Vaccination in Burma 1920-1933 - 1920-1933
Year: 1920
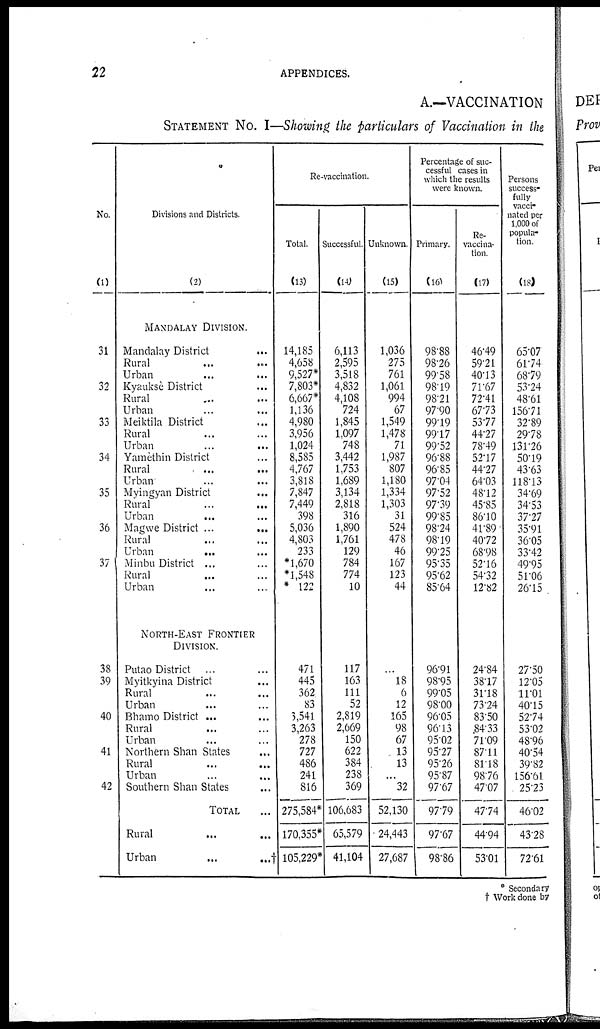
22
APPENDICES.
A.—VACCINATION
STATEMENT No. I—Showing the particulars of Vaccination in the
No.
(1)
31
32
33
34
35
36
37
38
39
40
41
42
Divisions and Districts.
(2)
MANDALAY DIVISION.
Mandalay District
...
Rural ... ...
Urban ... ...
Kyauksè District ...
Rural ... ...
Urban ... ...
Meiktila District ...
Rural ... ...
Urban ... ...
Yamèthin District ...
Rural ... ...
Urban ... ...
Myingyan District ...
Rural
...
...
Urban ...
Magwe District ...
...
Rural ... ...
Urban
... ...
Minbu District ... ...
Rural ... ...
Urban ... ...
NORTH-EAST FRONTIER
DIVISION.
Putao District ... ... ...
Myitkyina District ...
Rural ... ...
Urban ... ...
Bhamo District ... ...
Rural ... ...
Urban ... ...
Northern Shan States ...
Rural ... ...
Urban ... ...
Southern Shan States ...
TOTAL ...
Rural ... ...
Urban
...
...†
Re-vaccination.
Total.
(13)
14,185
4,658
9,527*
7,803*
6,667*
1,136
4,980
3,956
1,024
8,585
4,767
3,818
7,847
7,449
398
5,036
4,803
233
*1,670
*1,548
* 122
471
445
362
83
3,541
3,263
278
727
486
241
816
275,584*
170,355*
105,229*
Successful.
(14)
6,113
2,595
3,518
4,832
4,108
724
1,845
1,097
748
3,442
1,753
1,689
3,134
2,818
316
1,890
1,761
129
784
774
10
117
163
111
52
2,819
2,669
150
622
384
238
369
106,683
65,579
41,104
Unknown.
(15)
1,036
275
761
1,061
994
67
1,549
1,478
71
1,987
807
1,180
1,334
1,303
31
524
478
46
167
123
44
...
18
6
12
165
98
67
13
13
...
32
52,130
24,443
27,687
Percentage of suc-
cessful cases in
which the results
were known.
Primary.
(16)
98.88
98.26
99.58
98.19
98.21
97.90
99.19
99.17
99.52
96.88
96.85
97.04
97.52
97.39
99.85
98.24
98.19
99.25
95.35
95.62
85.64
96.91
98.95
99.05
98.00
96.05
96.13
95.02
95.27
95.26
95.87
97.67
97.79
97.67
98.86
Re-
vaccina-
tion.
(17)
46.49
59.21
40.13
71.67
72.41
67.73
53.77
44.27
78.49
52.17
44.27
64.03
48.12
45.85
86.10
41.89
40.72
68.98
52.16
54.32
12.82
24.84
38.17
31.18
73.24
83.50
84.33
71.09
87.11
81.18
98.76
47.07
47.74
44.94
53.01
Persons
success¬
fully
vacci-
nated per
1,000 of
popula-
tion.
(18)
65.07
61.74
68.79
53.24
48.61
156.71
32.89
29.78
131.26
50.19
43.63
118.13
34.69
34.53
37.27
35.91
36.05
33.42
49.95
51.06
26.15
27.50
12.05
11.01
40.15
52.74
53.02
48.96
40.54
39.82
156.61
25.23
46.02
43.28
72.61
* Secondary
† Work done by